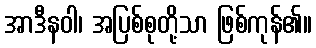
အာဒီနဝါ၊ အပြစ်စုတို့သာ ဖြစ်ကုန်၏။